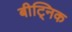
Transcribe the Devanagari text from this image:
बीट्निक